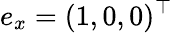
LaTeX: e_{x}=(1,0,0)^{\top}